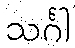
သင်္ဂါ